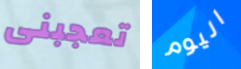
تعجبنى اليوم